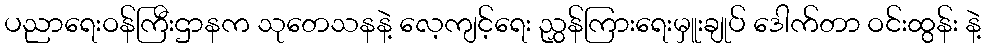
ပညာရေးဝန်ကြီးဌာနက သုတေသနနဲ့ လေ့ကျင့်ရေး ညွှန်ကြားရေးမှူးချုပ် ဒေါက်တာ ဝင်းထွန်း နဲ့